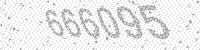
Solution: 666095